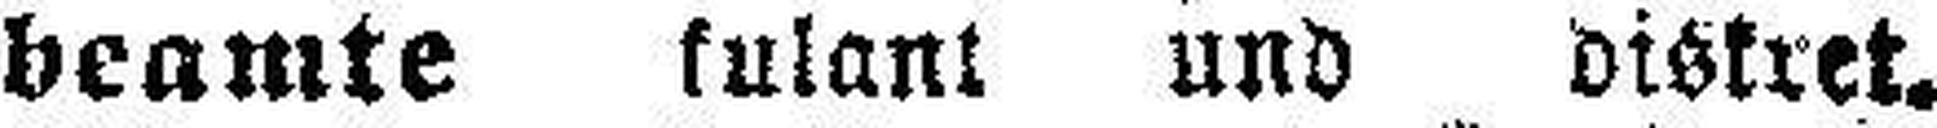
beamte kulant und diskret,